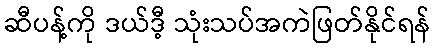
ဆီပန့်ကို ဒယ်ဒီ့ သုံးသပ်အကဲဖြတ်နိုင်ရန်